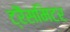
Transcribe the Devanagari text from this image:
ट्रैंसमिटर